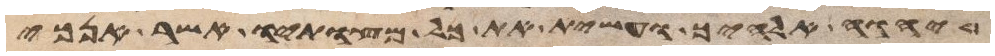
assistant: יהוה אלהיך ועשית את כל מצותיו אשר אנכי